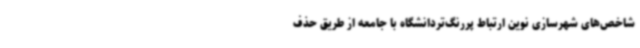
شاخص‌های شهرسازی نوین ارتباط پررنگ‌تردانشگاه با جامعه از طریق حذف